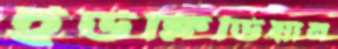
ইউক্লিডিয়ান